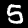
Digit: 5